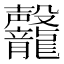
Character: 𪚣